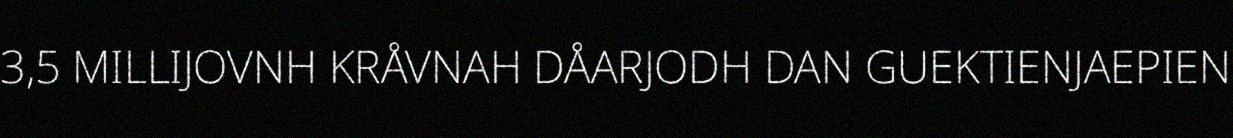
3,5 MILLIJOVNH KRÅVNAH DÅARJODH DAN GUEKTIENJAEPIEN